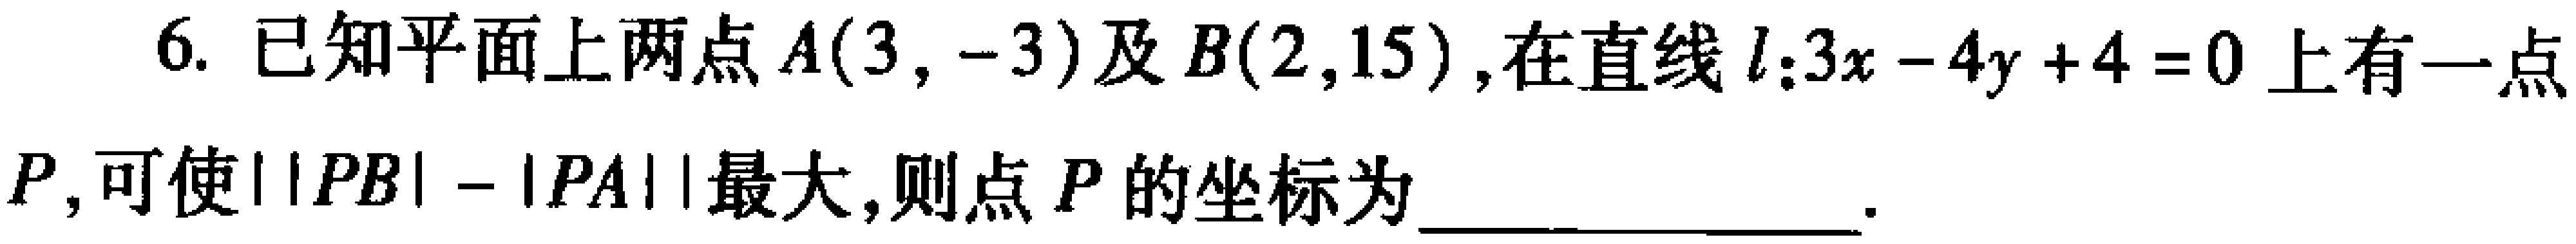
已知平面上两点\(A(3,-3)\)及\(B(2,15)\)，在直线\(l:3x - 4y + 4 = 0\)上有一点\(P\)，可使\(||PB| - |PA||\)最大，则点\(P\)的坐标为  ．